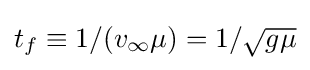
{\textstyle t_{f}\equiv 1/(v_{\infty }\mu )=1/{\sqrt {g\mu }}}